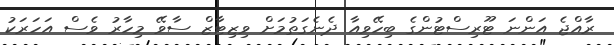
ރާއްޖެ އަންނަ ޓޫރިސްޓުންގެ ބިހޭވިއާ ދެނެގަތުމަށް ވިޒިޓާޒް ސާވޭ މިހާރު ވެސް އަހަރަކު